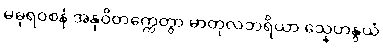
မဓုရဝစနံ အနုဝိတက္ကေတွာ မာတုလဘရိယာ သ္နေဟနွယံ